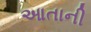
આતાની